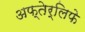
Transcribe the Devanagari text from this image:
अफ्तेर्लिफे